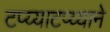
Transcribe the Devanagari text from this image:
टप्य्याटप्य्याने